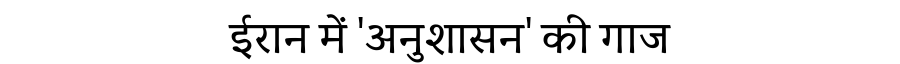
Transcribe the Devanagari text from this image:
ईरान में 'अनुशासन' की गाज